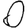
Digit: 0